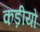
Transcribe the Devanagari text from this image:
कड़ीयों